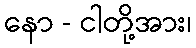
နော - ငါတို့အား၊